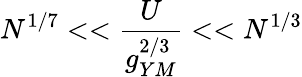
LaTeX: N^{1/7}<<\frac{U}{g_{YM}^{2/3}}<<N^{1/3}